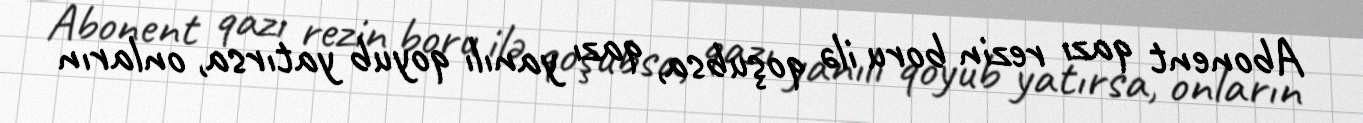
Abonent qazı rezin boru ilə qoşubsa, qazı yanılı qoyub yatırsa, onların